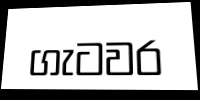
ගැටවර